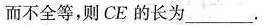
而不全等，则CE的长为___。